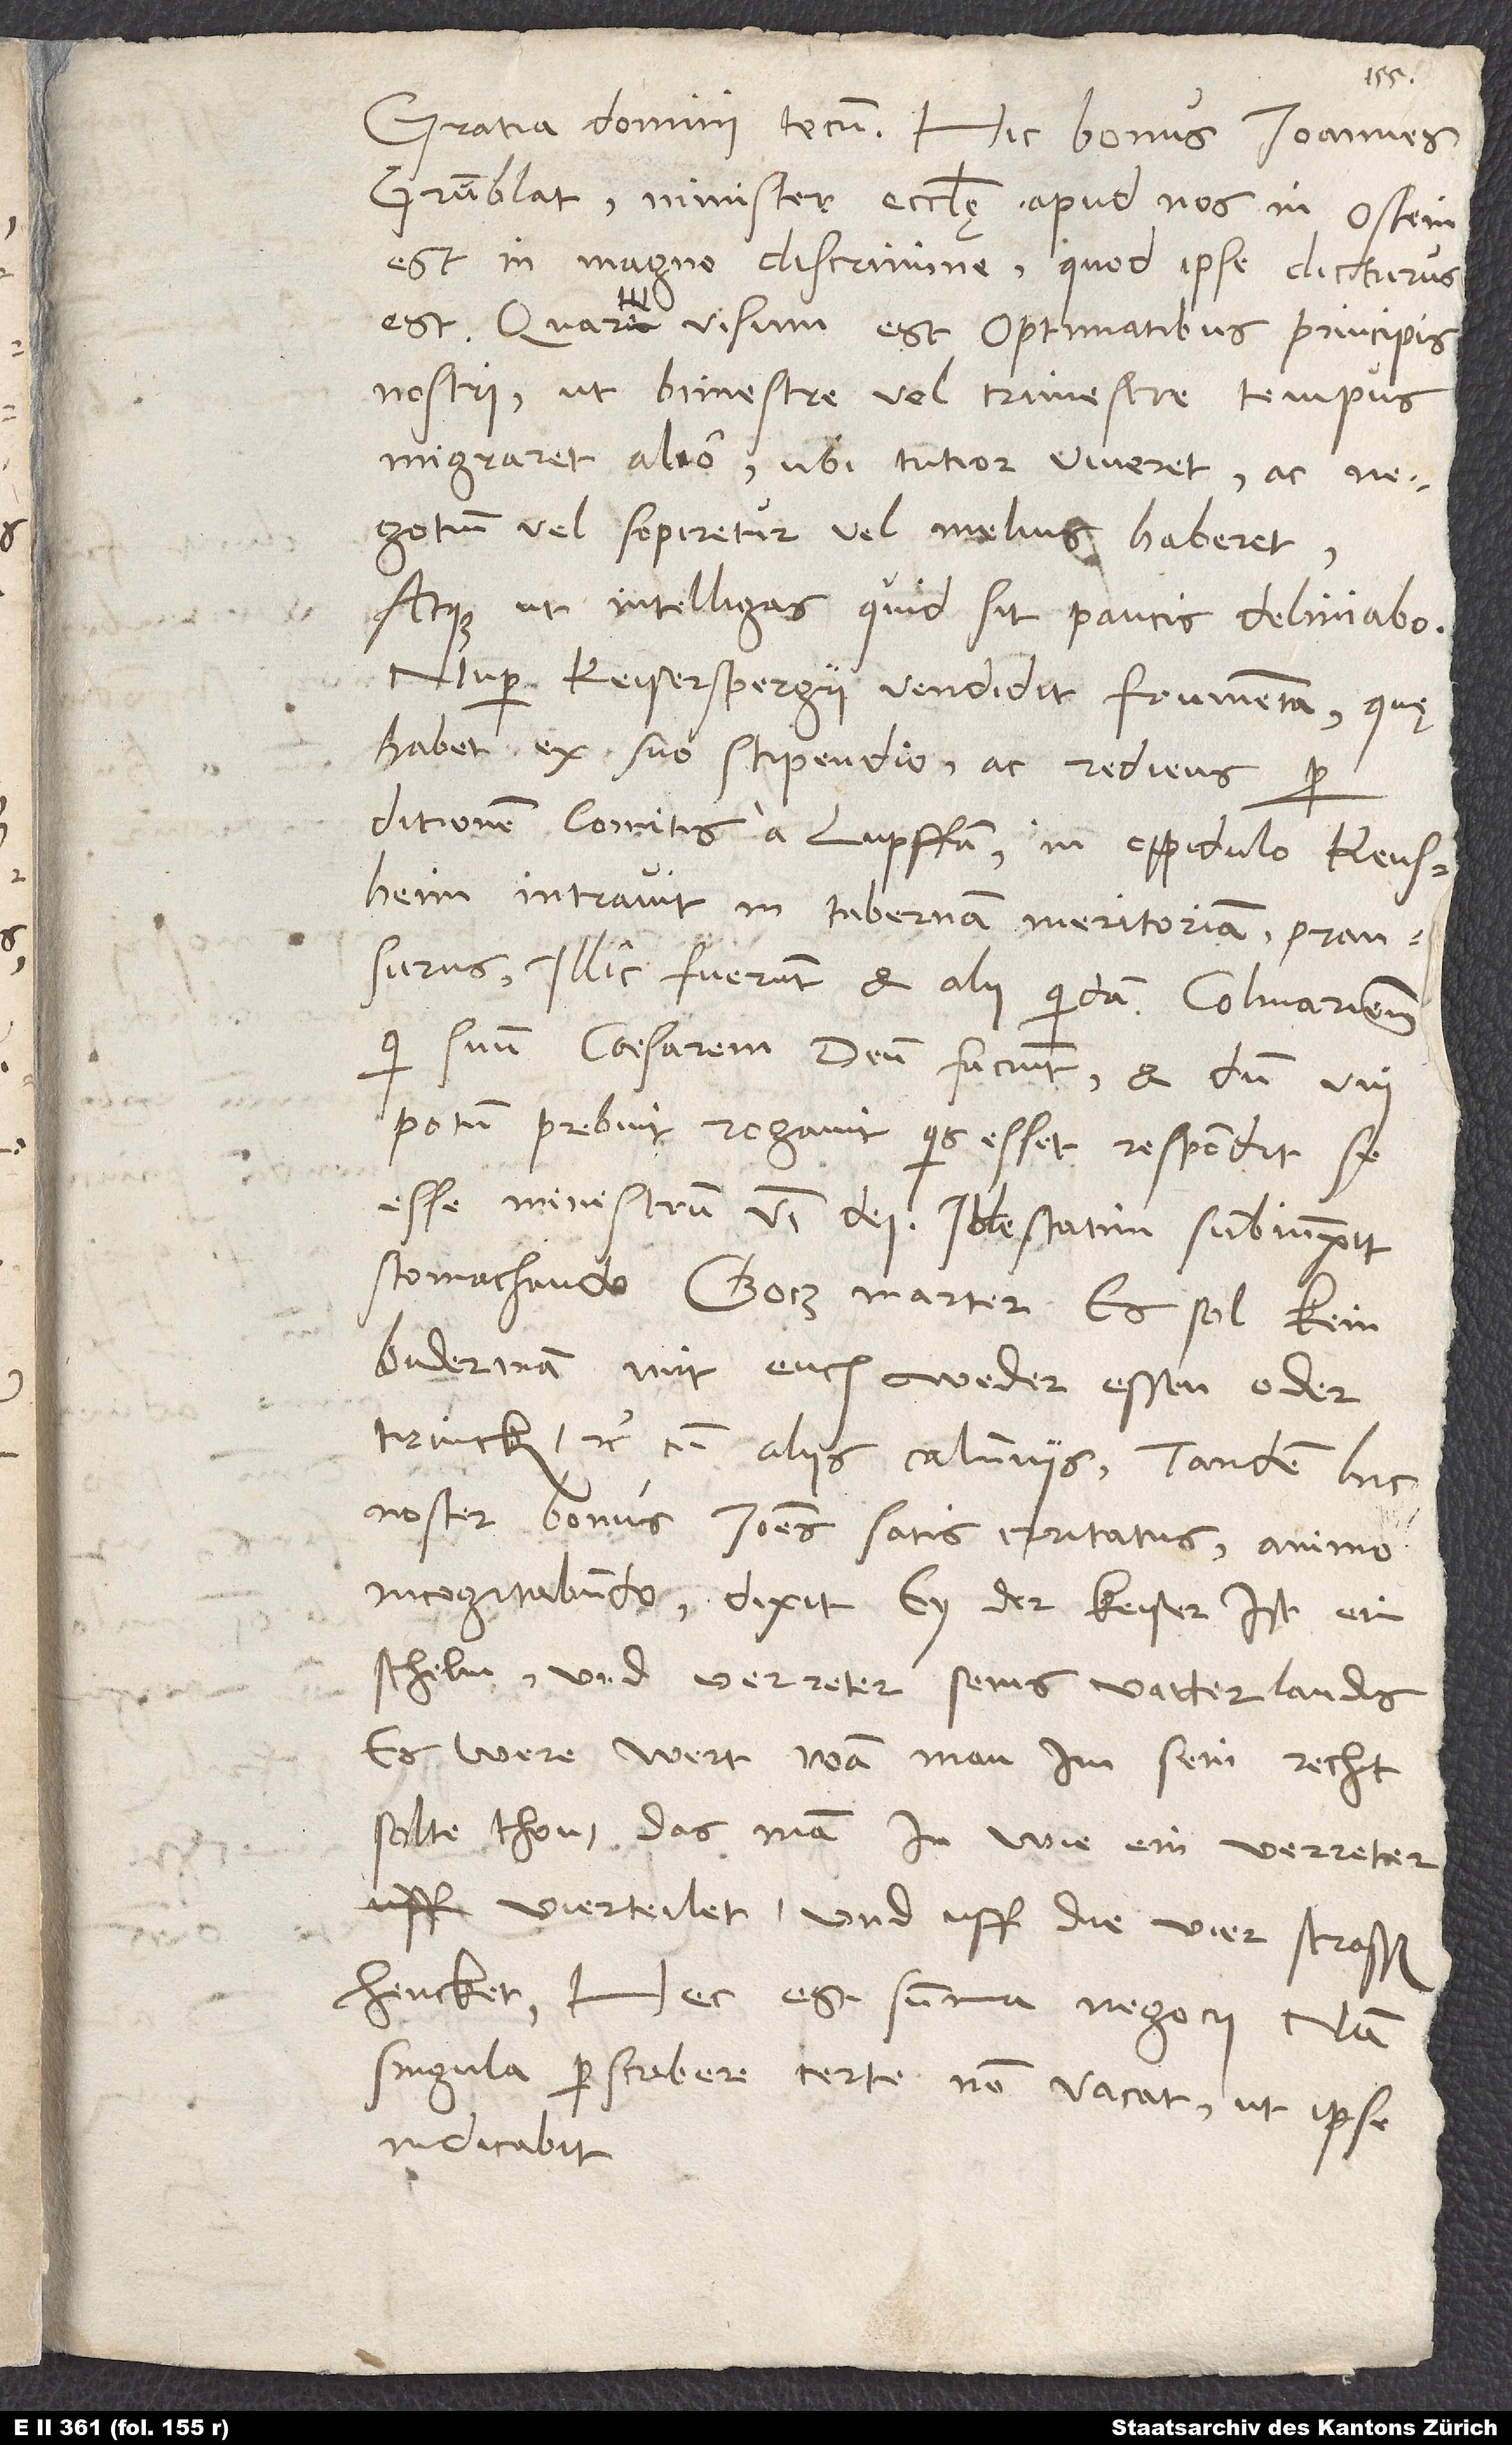
Gratia domini tecum. Hic bonus Ioannes
Grunblat, minister ecclesię apud nos in Ostein,
est in magno discrimine, quod ipse dicturus
est. Quare visum est optimatibus principis
nostri, ut bimestre vel trimestre tempus
migraret alio, ubi tutior viveret ac
negotium vel sopiretur vel melius haberet.
Atque ut intelligas, quid sit, paucis deliniabo.
Nuper Keiserspergii vendidit frumenta, quę
habet ex suo stipendio, ac rediens per
ditionem comitis a Lupffen in oppidulo Kensheim
intravit in tabernam meritoriam pransurus.
Illic fuerunt et alii quidam, Colmarienses,
qui suum caesarem deum faciunt, et dum uni
potum prebuit, rogavit, quis esset. Respondit se
esse ministrum verbi dei. Ille statim subiunxit
stomachando: „Gotz marter! Es sol kein
biderman mit euch weder essen oder
trincken“, etc., cum aliis calumniis. Tandem hic
noster bonus Ioannes satis irritatus animo
incogitabundo dixit: „Ey, der keiser ist ein
schelm und verreter seins vatterlands.
Es were wert, wan man im sein recht
solte thon, das man in wie ein verreter
vierteilet und uff die vier strassen
hencket!“ Hec est summa negocii, nam
singula perscribere certe non vacat, ut ipse
indicabit.